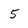
Character: 5